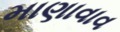
માણાવાવ